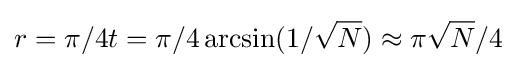
r=\pi /4t=\pi /4\arcsin(1/{\sqrt {N}})\approx \pi {\sqrt {N}}/4